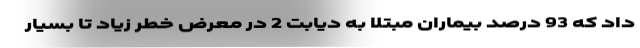
داد که 93 درصد بیماران مبتلا به دیابت 2 در معرض خطر زیاد تا بسیار